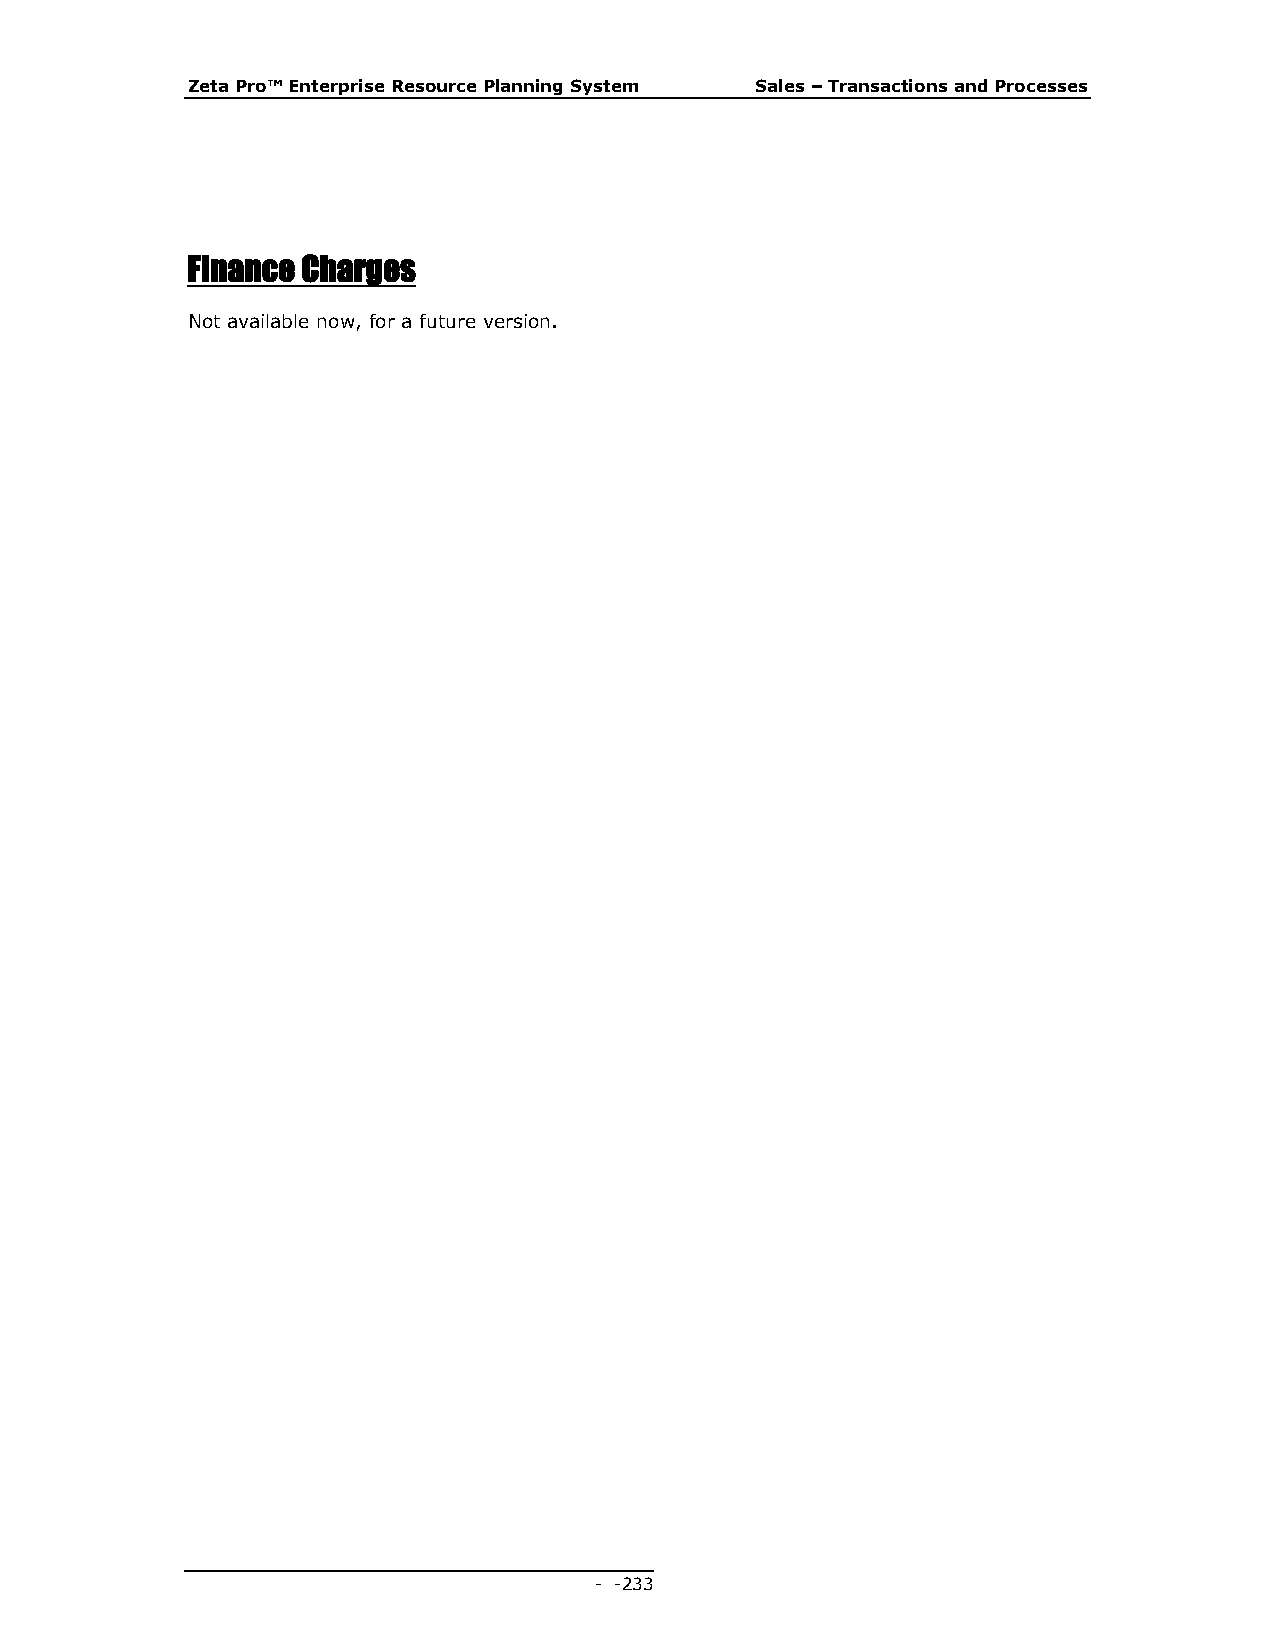
Zeta Pro™ Enterprise Resource Planning System Sales – Transactions and Processes
 Finance Charges
 Not available now, for a future version.
 - - 233